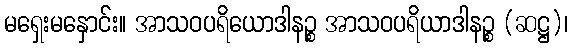
မရှေးမနှောင်း။ အာသဝပရိယောဒါနဉ္စ အာသဝပရိယာဒါနဉ္စ (ဆဋ္ဌ)၊